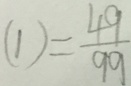
( 1 ) = \frac { 4 9 } { 9 9 }